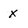
Character: X